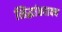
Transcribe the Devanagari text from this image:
सिद्धांतवाक्य